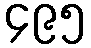
၄၉၅